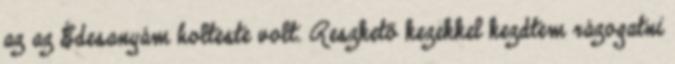
az az Édesanyám holteste volt. Reszkető kezekkel kezdtem rázogatni